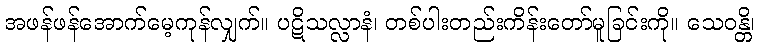
အဖန်ဖန်အောက်မေ့ကုန်လျှက်။ ပဋိသလ္လာနံ၊ တစ်ပါးတည်းကိန်းတော်မူခြင်းကို။ သေဝန္တိ၊